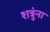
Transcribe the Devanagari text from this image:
शत्रुंना